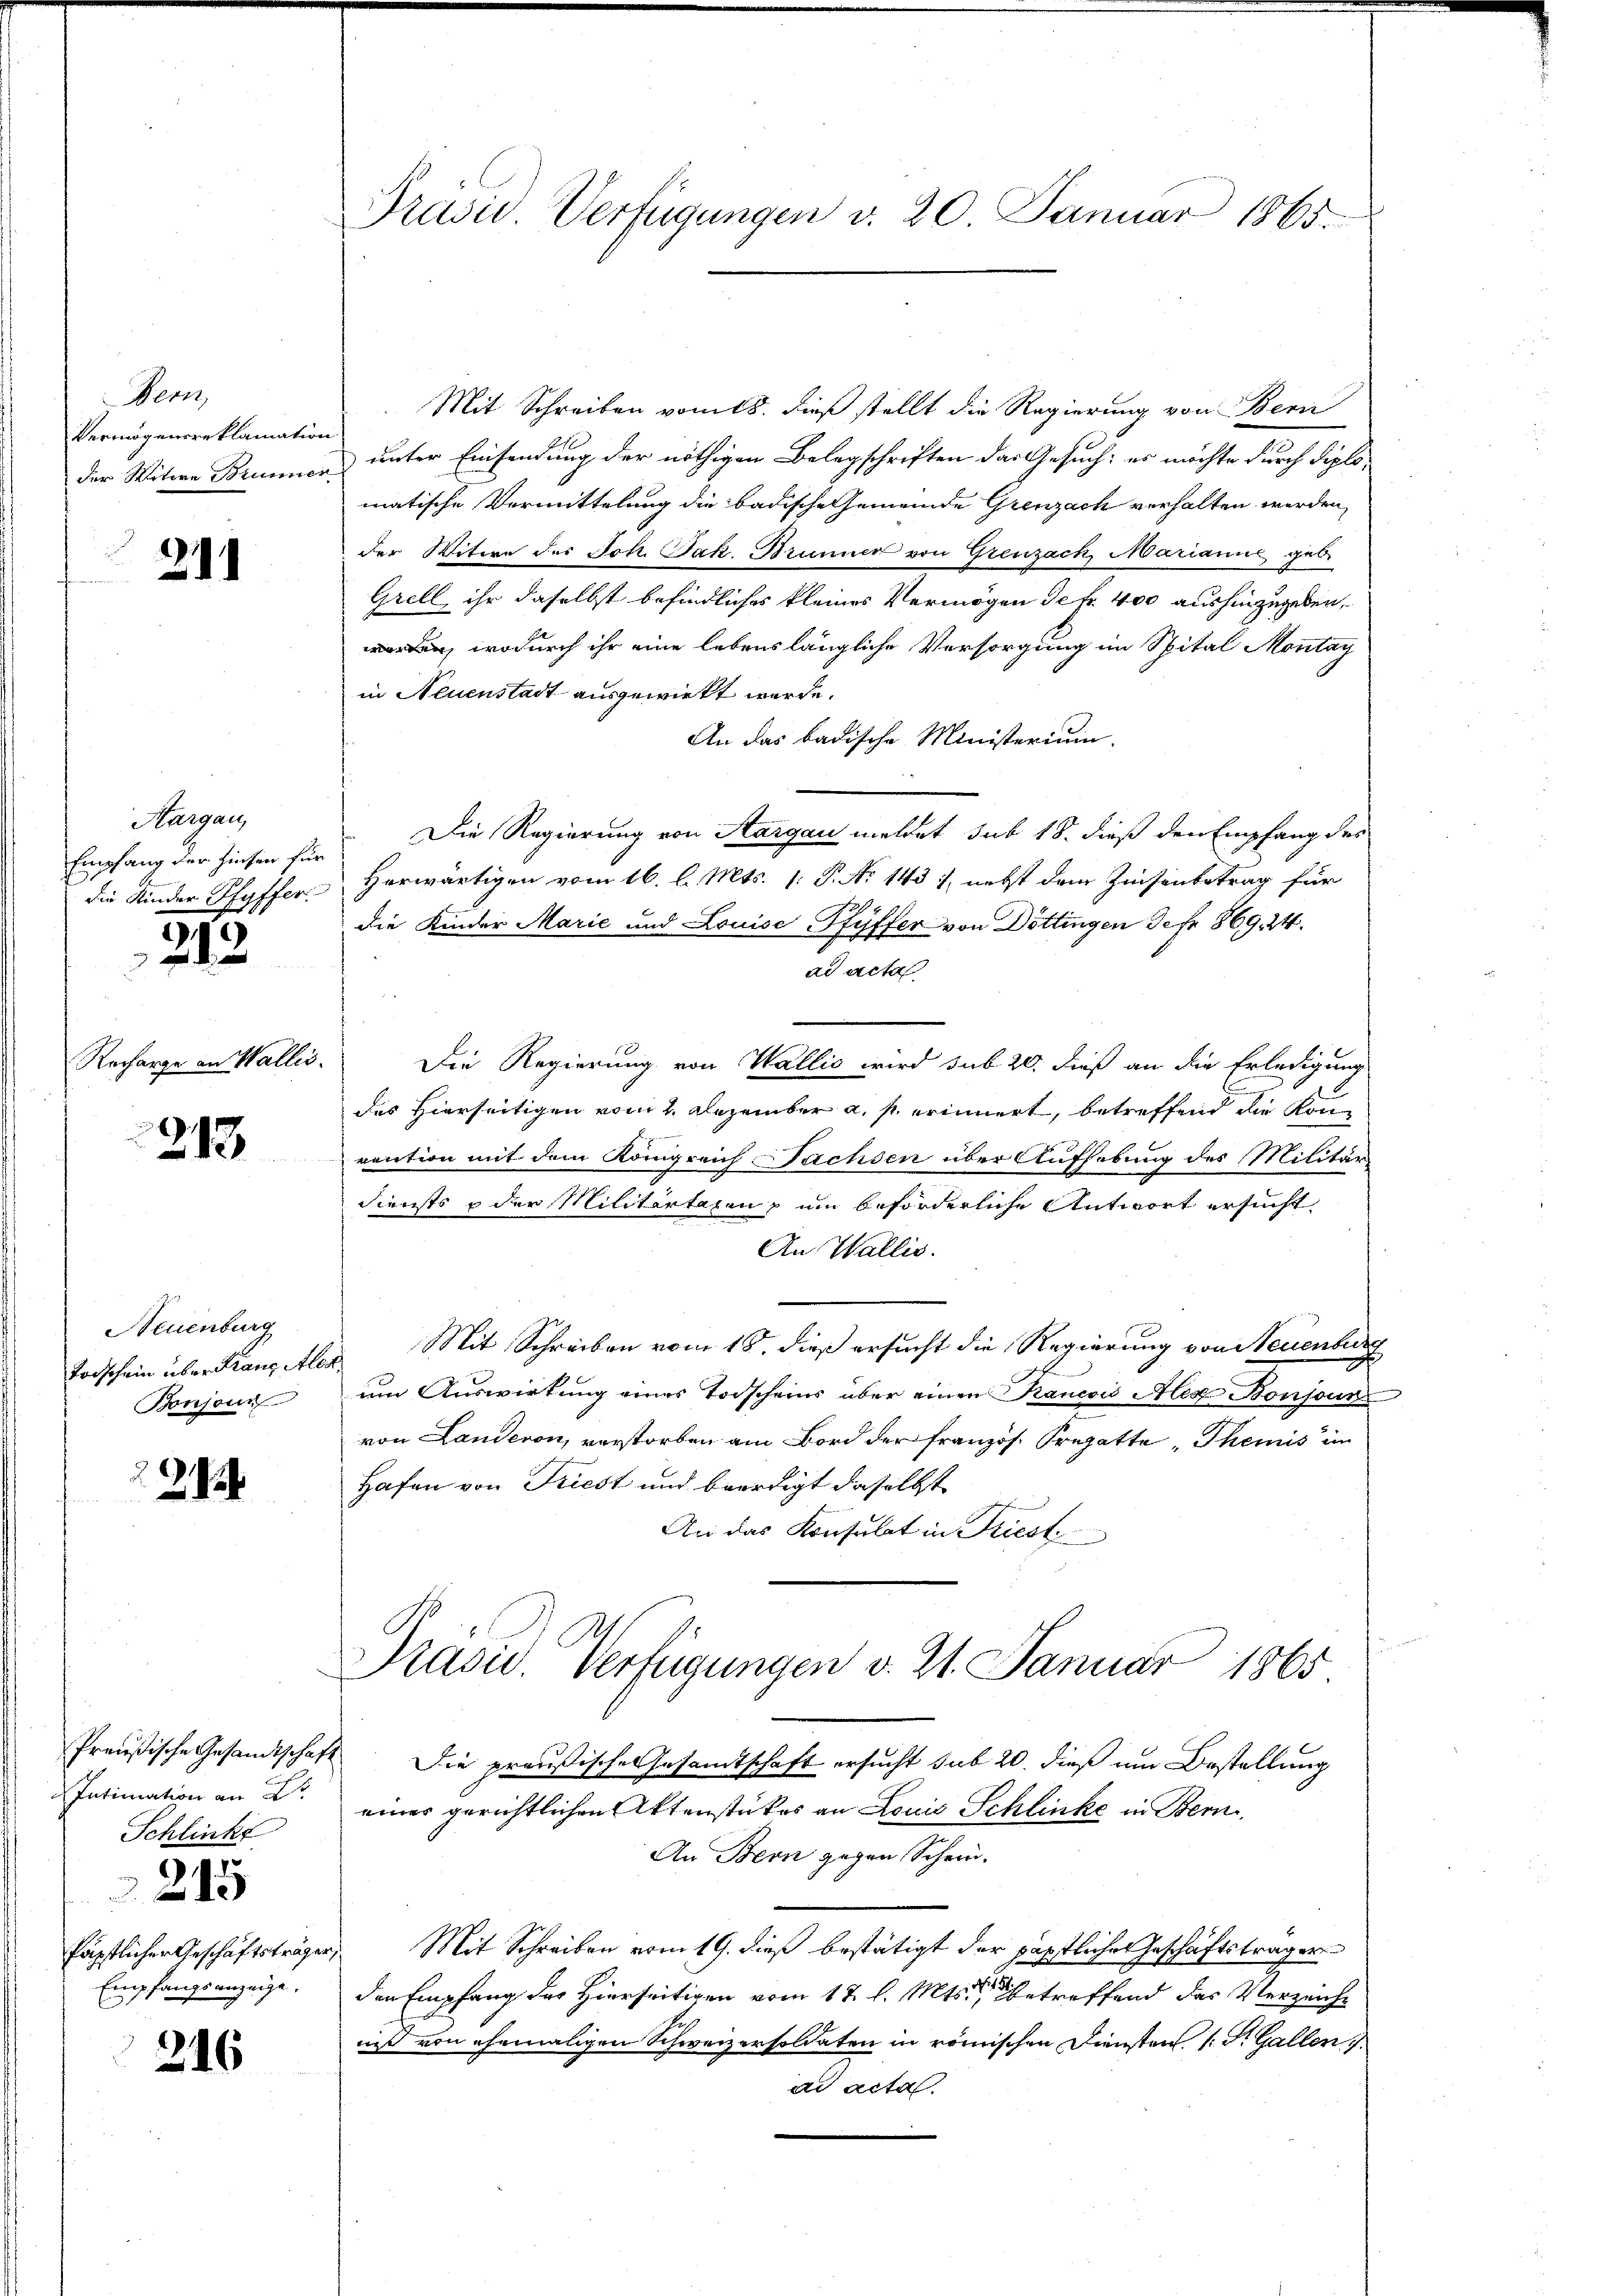
Den
Vermögensreklamation
der Witwe Brunne

211

Aargau,
Empfang der Zinsen für
die Kinder Pfyffer

213

Recharge an Wallis

213

Neuenburg
Todschein über drang Alle
Bonsonn

2

Preußische Gesandtschaft
Intimation an
Schlinke

fäpstlicher Geschäftsträg
Empfangsanzeige.

e
215

216

Präsie Verfügungen v. 20 Januar 1865.

Mit Schreiben vom 18. dieß stellt die Regierung von Bern
unter Einsendung der nöthigen Belegschriften das Gesuch: es möchte durch diplomatische Vermittelung die badische Gemeinde Grenzach verhalten werden,
der Witwe der Joh. Jak. Brunner von Grenzack, Marianne geb.
Grell, ihr daselbst befindliches kleines Vermögen de fr. 400 aushinzugeben,
den, wodurch ihr eine lebenslängliche Versorgung im Spital Montag
in Neuenstadt ausgewirkt werde.
An das badische Ministerium
Die Regierung von Aargau meldet sub 18. dieß den Empfang des
Herwärtigen vom 16. l. Mts. 1. P. No 1431, nebst dem Zinsenbetrag für
die Kinder Marie und Louise Pfyffer von Döttingen Jefr. 869. 24.
ad acta
Die Regierung von Wallis wird sub 20. dieß an die Erledigung
des Hierseitigen vom 2. Dezember a. s. erinnert, betreffend die Konvention mit dem Königreich Nachsen über Aufhebung des Militär
diensts u der Militartagen zum beförderliche Antwort ersucht
An Wallis.
Mit Schreiben vom 18. dieß ersucht die Regierung von Neuenburg
um Auswirkung eines Todscheins über einen Rancois Alex Bonjour
von Landeron, verstorben am Bord der französ. Fregatte, Themis in
Hafen von Triest und beerdigt daselbst
An das Konsulat in Kriest
Präsid Verfügungen v. 21. Januar 1865
Die preußische Gesandtschaft ersucht sub 20. dieß um Bestellung
einer gerichtlichen Aktenstückes an Louis Schlinke in Bern
An Bern gegen Schein.
Mit Schreiben vom 19. dieß bestätigt der päpstlicher Geschäftsträger
den Empfang der Hierseitigen vom 12. l. Mts. betreffend das Verzeiche
nis von ehemaligen Schweizersoldaten in römischen Diensten, 1: Dr. Gallen
ad acta.